Leaving Certificate Examination (including Day School Certificate (Higher) General paper), 1929
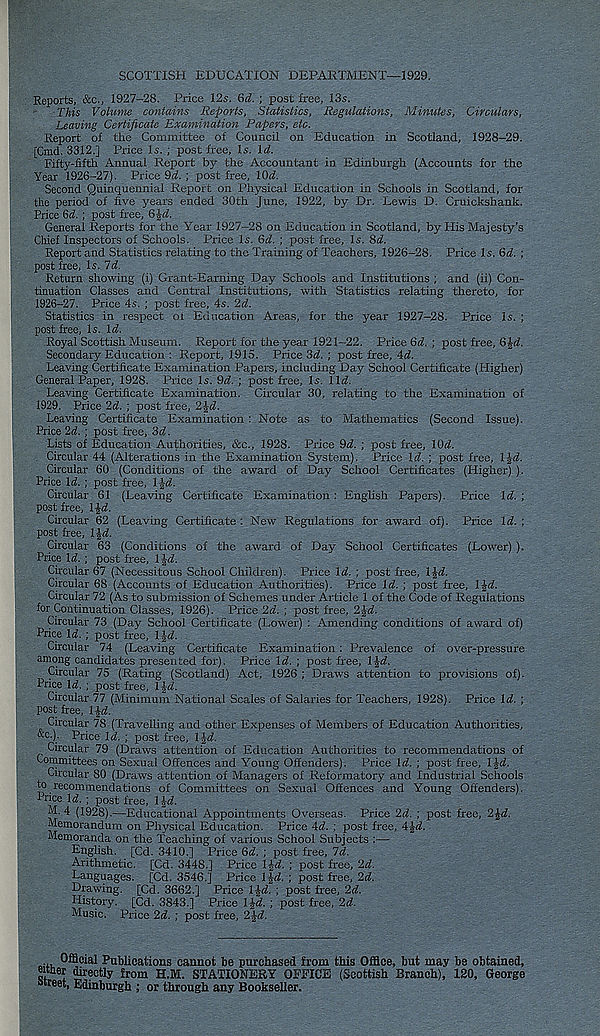
SCOTTISH EDUCATION DEPARTMENT—1929.
Reports, &c., 1927-28. Price 12s. 6d. ; post free, 13s.
This Volume contains Reports, Statistics, Regulations, Minutes, Circulars,
Leaving Certificate Examination Papers, etc.
Report of the Committee of Council on Education in Scotland, 1928-29.
[Cmd. 3312.] Price Is. ; post free. Is. Id.
Fifty-fifth Annual Report by the Accountant in Edinburgh (Accounts for the
Year 1926-27). Price 9i. ; post free, KM.
Second Quinquennial Report on Physical Education in Schools in Scotland, for
the period of five years ended 30th June, 1922, by Dr. Lewis D. Cruickshank.
Price Qd. ; post free,
General Reports for the Year 1927-28 on Education in Scotland, by His Majesty’s
Chief Inspectors of Schools. Price Is. 6d. ; post free. Is. 8d.
Report and Statistics relating to the Training of Teachers, 1926-28. Price Is. Gd. ;
post free, Is. 7d.
Return showing (i) Grant-Earning Day Schools and Institutions ; and (ii) Con-
tinuation Classes and Central Institutions, with Statistics relating thereto, for
1926-27. Price 4s. ; post free, 4s. 2d.
Statistics in respect oi Education Areas, for the year 1927-28. Price Is. ;
post free, Is. Id.
Royal Scottish Museum. Report for the year 1921-22. Price 6d. ; post free, 6M.
Secondary Education : Report, 1915. Price 3(2. ; post free, 4d.
Leaving Certificate Examination Papers, including Day School Certificate (Higher)
General Paper, 1928. Price Is. 9d. ; post free. Is. l\d.
Leaving Certificate Examination. Circular 30, relating to the Examination of
1929. Price 2d. ; post free, 2§d.
Leaving Certificate Examination : Note as to Mathematics (Second Issue).
Price 2d. \ post free, 3d.
Lists of Education Authorities, &c., 1928. Price 9d. ; post free, lOd.
Circular 44 (Alterations in the Examination System). Price Id. ; post free, 1-Jd.
Circular 60 (Conditions of the award of Day School Certificates (Higher) ).
Price Id. ; post free, 1-Jd.
Circular 61 (Leaving Certificate Examination: English Papers). Price Id. ;
post free, IJd.
Circular 62 (Leaving Certificate : New Regulations for award of). Price Id. ;
post free, IJd.
Circular 63 (Conditions of the award of Day School Certificates (Lower) ).
Price Id. ; post free, IJd.
Circular 67 (Necessitous School Children). Price Id. ; post free, 1 Jd.
Circular 68 (Accounts of Education Authorities). Price Id. ; post free, l£d.
Circular 72 (As to submission of Schemes under Article 1 of the Code of Regulations
for Continuation Classes, 1926). Price 2d. ; post free, 2 Jd.
Circular 73 (Day School Certificate (Lower) : Amending conditions of award of)
Price Id. ; post free, 1-Jd.
Circular 74 (Leaving Certificate Examination : Prevalence of over-pressure
among candidates presented for). Price Id. ; post free, l£d.
Circular 75 (Rating (Scotland) Act, 1926 ; Draws attention to provisions of).
Price Id. ; post free, l|d.
Circular 77 (Minimum National Scales of Salaries for Teachers, 1928). Price Id. ;
post free, IJd.
Circular 78 (Travelling and other Expenses of Members of Education Authorities,
“c.). Price Id. ; post free, l|-d.
Circular 79 (Draws attention of Education Authorities to recommendations of
Committees on Sexual Offences and Young Offenders). Price Id. ; post free, IJd.
Circular 80 (Draws attention of Managers of Reformatory and Industrial Schools
to recommendations of Committees on Sexual Offences and Young Offenders).
1 nee Id. ; post free, l|-d.
“L4 (1928).—Educational Appointments Overseas. Price 2d. ; post free, 2Jd.
Memorandum on Physical Education. Price 4d. ; post free, 4 Id.
Memoranda on the Teaching of various School Subjects :—
English. [Cd. 3410.] Price 6d. ; post free, 7d.
Arithmetic. [Cd. 3448.] Price IJd. ; post free, 2d.
Languages. [Cd. 3546.] Price 1-fd. ; post free, 2d.
Drawing. [Cd. 3662.] Price IJd. ; post free, 2d.
History. [Cd. 3843.] Price l|d. ; post free, 2d.
Music. Price 2d. ; post free, 2 Jd.
... Official Publications cannot be purchased from this Office, but may be obtained,
<!* *
from H.M. STATIONERY OFFICE (Scottish Branch), 120, George
street, Edinburgh ; or through any Bookseller.